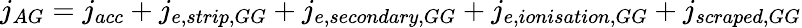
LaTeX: j_{AG}=j_{acc}+j_{e,strip,GG}+j_{e,secondary,GG}+j_{e,ionisation,GG}+j_{scraped,GG}